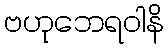
ဗဟုဘေရဝါနိ